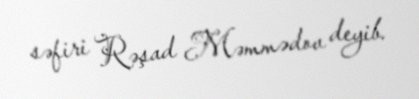
səfiri Rəşad Məmmədov deyib.